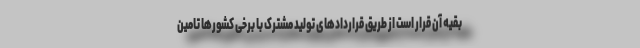
بقیه آن قرار است از طریق قراردادهای تولید مشترک با برخی کشورها تامین